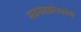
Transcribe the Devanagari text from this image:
सबमाइक्रोस्कोपी